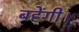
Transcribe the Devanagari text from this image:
बहेंगी।